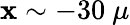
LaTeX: \mathbf{x}\sim-30\ \mu